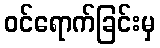
ဝင်ရောက်ခြင်းမှ